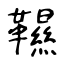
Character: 韅